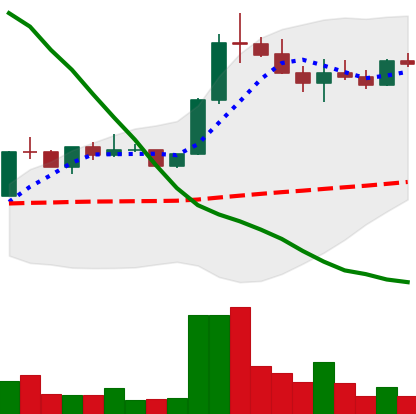
Ticker: ETC-USD
Chart end date: 2022-08-06
Forward return: 11.658%
Label: up_7plus